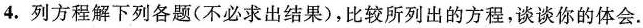
4. 列方程解下列各题(不必求出结果)，比较所列出的方程，谈谈你的体会.